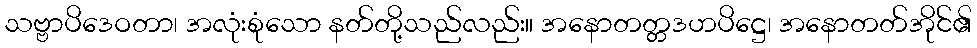
သဗ္ဗာပိဒေဝတာ၊ အလုံးစုံသော နတ်တို့သည်လည်း။ အနောတတ္တဒဟပိဋ္ဌေ၊ အနောတတ်အိုင်၏